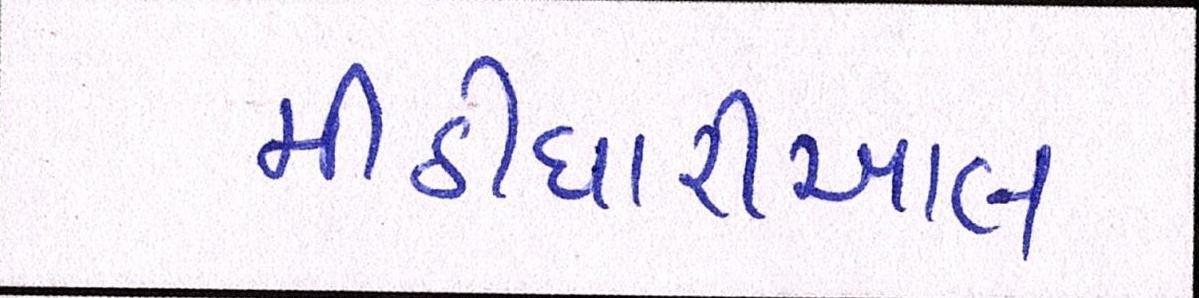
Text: મીઠીઘારીઆલ